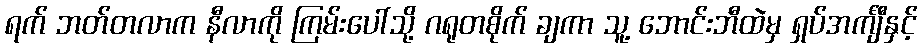
ရက် ဘတ်တလာက နီလာကို ကြမ်းပေါ်သို့ ဂရုတစိုက် ချကာ သူ့ ဘောင်းဘီထဲမှ ရှပ်အင်္ကျီနှင့်